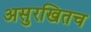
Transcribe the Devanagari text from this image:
असुरखितच